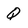
Character: Q